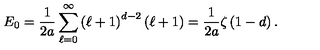
E _ { 0 } = \frac { 1 } { 2 a } \sum _ { \ell = 0 } ^ { \infty } \left( \ell + 1 \right) ^ { d - 2 } \left( \ell + 1 \right) = \frac { 1 } { 2 a } \zeta \left( 1 - d \right) .